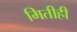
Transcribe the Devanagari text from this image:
मितीही